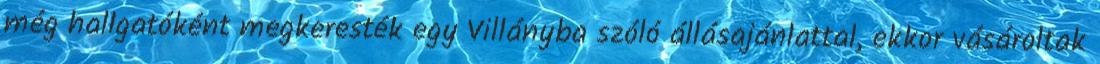
még hallgatóként megkeresték egy Villányba szóló állásajánlattal, ekkor vásároltak